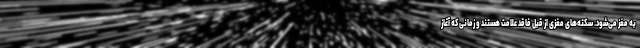
به مغز می‌شود. سکته‌های مغزی از قبل فاقد علامت هستند و زمانی که آغاز